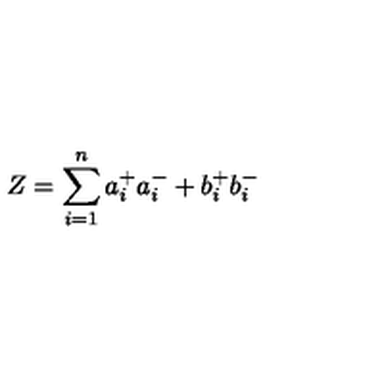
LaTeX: Z = \sum _ { i = 1 } ^ { n } a _ { i } ^ { + } a _ { i } ^ { - } + b _ { i } ^ { + } b _ { i } ^ { - }